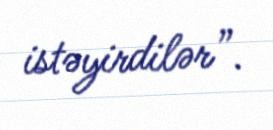
istəyirdilər”.